system: You are a helpful assistant.
user:
Analyze the provided spectrum to determine if it is a **S-type Star**.

- **Key Indicators for S-type Star:**

    - **(Overall Spectrum Shape):** The first and most obvious characteristic is the overall continuum (the "baseline" shape). It is **extremely "red-sloping,"** meaning the flux (light intensity) is very low on the left side (blue, ~4000-4500 Å) and rises steeply and continuously toward the right side (red, ~7000 Å+).

    - **(Primary):** The spectrum is defined by the presence of strong, broad molecular absorption "valleys" (bands) from **Zirconium Oxide (ZrO)**. The identification of these bands is the **primary requirement** for classifying a star as S-type.
        - **(Key Bandheads):** You must find distinct, deep "dips" where the light has been absorbed. The most critical band systems to locate are:
            - **~6474 Å** ($\gamma$-system): This is often the strongest and clearest ZrO feature, found in the red part of the spectrum.
            - **~5718 Å** & **~5551 Å** ($\beta$-system): A pair of prominent absorption features in the yellow-orange part of the spectrum.
            - **~4640 Å** ($\alpha$-system): A key absorption band system in the blue-green region of the spectrum.

    - **(Secondary Confirmation):** The classification is strengthened by finding additional absorption bands from other related heavy element oxides, which are expected to be present alongside ZrO.
        - **(Key Bandheads):**
            - **Yttrium Oxide (YO):** Look for absorption dips near **~4800 Å** and **~6100 Å**.
            - **Lanthanum Oxide (LaO):** Additional absorption features, particularly in the red-orange part of the spectrum, are also characteristic.

    - **(Line Profile):** The combination of the steep red continuum and these numerous, deep molecular bands (ZrO, YO, etc.) gives the entire spectrum a very **"chopped-up"** or **"bumpy"** appearance. Instead of a smooth curve, the spectrum looks as though large, wide chunks of light have been "carved out" of it at the specific wavelengths listed above.

Think first, call **spectral_visualization_tool** if needed to examine features in detail, then provide your final answer. Your response must adhere to the following strict rules:
1.  **Overall Structure:** Your response must follow the format `<think>...</think> <tool_call>...</tool_call> (if a tool is used) <answer>...</answer>`.
2.  **Tool Usage Constraint:** You may only make **one** tool call per turn.
3.  **Final Answer Format:** In the `<answer>` tag, your conclusion must be inside a `\boxed{}` command (e.g., `\boxed{YES}` or `\boxed{NO}`), followed by your justification.

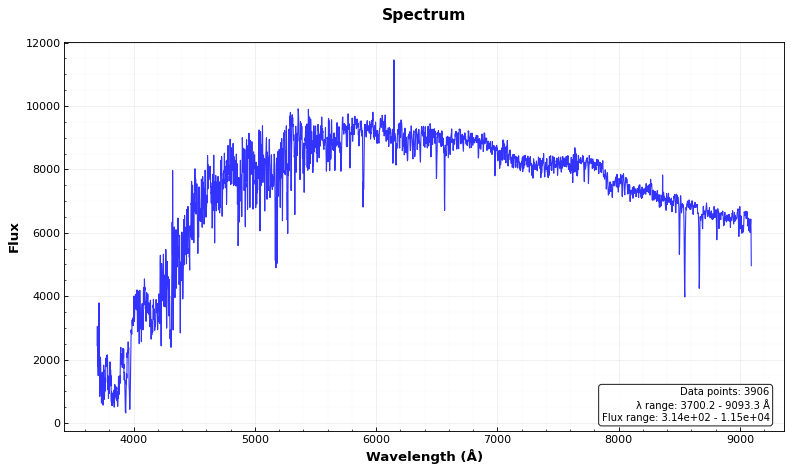
Answer: NO